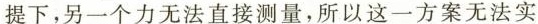
提下，另一个力无法直接测量，所以这一方案无法实